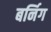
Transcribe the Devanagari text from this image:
बर्निग